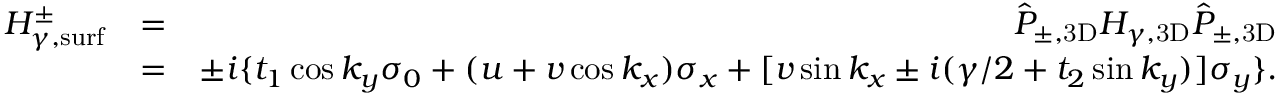
\begin{array} { r l r } { H _ { \gamma , \mathrm { s u r f } } ^ { \pm } } & { = } & { \hat { P } _ { \pm , \mathrm { 3 D } } H _ { \gamma , \mathrm { 3 D } } \hat { P } _ { \pm , \mathrm { 3 D } } } \\ & { = } & { \pm i \{ t _ { 1 } \cos k _ { y } \sigma _ { 0 } + ( u + v \cos k _ { x } ) \sigma _ { x } + [ v \sin k _ { x } \pm i ( \gamma / 2 + t _ { 2 } \sin k _ { y } ) ] \sigma _ { y } \} . } \end{array}